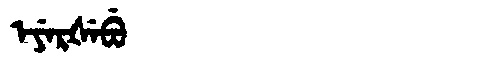
Manchu: ᡝᠶᡝᡵᡧᡝᠪᡠ
Romanization: EYERŠEBU